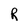
Character: R